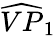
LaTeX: \widehat{VP}_{1}